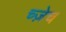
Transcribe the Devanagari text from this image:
च्ज़ेच